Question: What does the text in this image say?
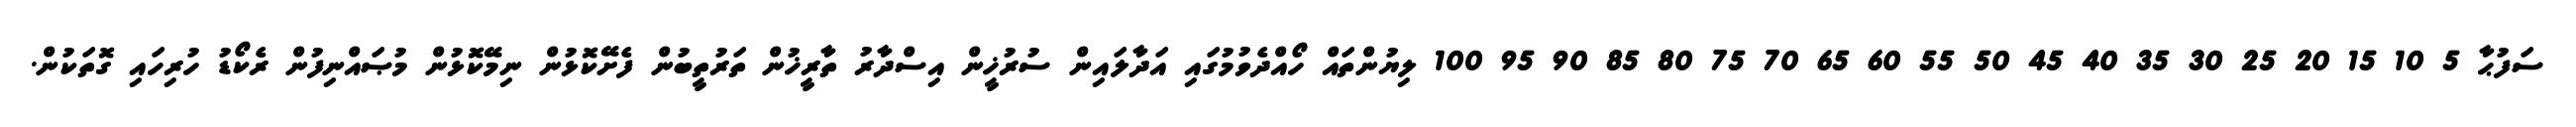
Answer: ސަފުޙާ 5 10 15 20 25 30 35 40 45 50 55 60 65 70 75 80 85 90 95 100 ލިޔުންތައް ހޯއްދެވުމުގައި އަދާލައިން ސުރުޚީން އިސްދާރު ތާރީޚުން ތަރުތީބުން ފެށޭކޮޅުން ނިމޭކޮޅުން މުޞައްނިފުން ރެކޯޑު ހުރިހައި ގޮތަކުން.